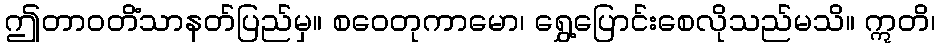
ဤတာဝတိံသာနတ်ပြည်မှ။ စဝေတုကာမော၊ ရွှေ့ပြောင်းစေလိုသည်မသိ။ ဣတိ၊